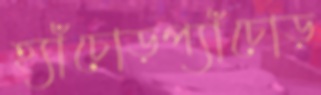
হ্যাঁচোড়প্যাঁচোড়